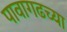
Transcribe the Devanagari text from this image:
पावागढच्या